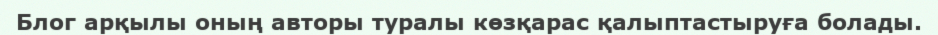
Блог арқылы оның авторы туралы көзқарас қалыптастыруға болады.